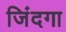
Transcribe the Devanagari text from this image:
जिंदगा